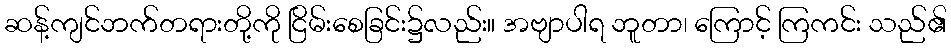
ဆန့်ကျင်ဘက်တရားတို့ကို ငြိမ်းစေခြင်း၌လည်း။ အဗျာပါရ ဘူတာ၊ ကြောင့် ကြကင်း သည်၏